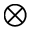
\otimes